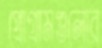
প্রোগ্রামগুলোর